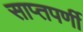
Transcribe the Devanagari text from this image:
साप्तपर्णी